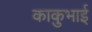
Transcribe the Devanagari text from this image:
काकुभाई